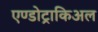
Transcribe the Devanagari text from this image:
एण्डोट्राकिअल